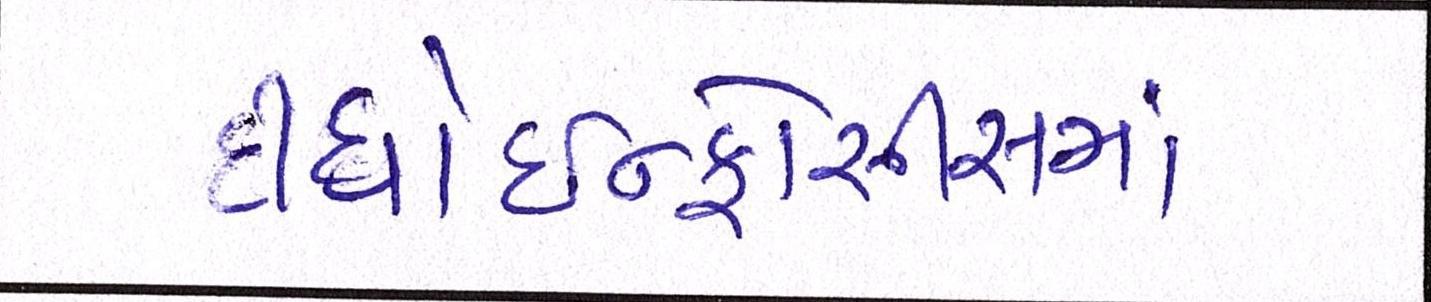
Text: દીધોઇન્ફોસીસમાં